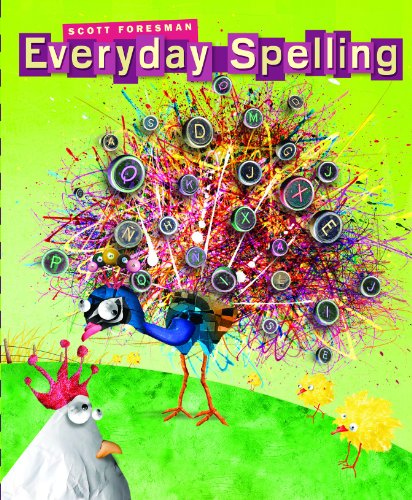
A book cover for SPELLING 2008 STUDENT EDITION CONSUMABLE GRADE 5; Scott Foresman; Reference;